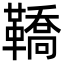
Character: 鞽